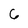
Character: 6